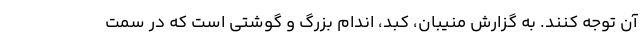
آن توجه کنند. به گزارش منیبان، کبد، اندام بزرگ و گوشتی است که در سمت